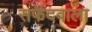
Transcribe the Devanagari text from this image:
सफेदवाला